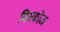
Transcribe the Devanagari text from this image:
विस्कोज